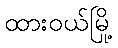
ထားဝယ်မြို့